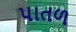
પાતળ